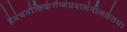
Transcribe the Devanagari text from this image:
हैमंचमौक्तिकंरौप्यंप्रवालंनीलकंतथा